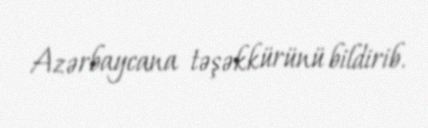
Azərbaycana təşəkkürünü bildirib.